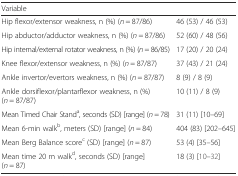
| Variable |  |
 | --- | --- |
 | Hip flexor/extensor weakness, n (%) (n = 87/86) | 46 (53) / 46 (53) |
 | Hip abductor/adductor weakness, n (%) (n = 87/86) | 52 (60) / 48 (56) |
 | Hip internal/external rotator weakness, n (%) (n = 86/85) | 17 (20) / 20 (24) |
 | Knee flexor/extensor weakness, n (%) (n = 87/87) | 37 (43) / 21 (24) |
 | Ankle invertor/evertors weakness, n (%) (n = 87/87) | 8 (9) / 8 (9) |
 | Ankle dorsiflexor/plantarflexor weakness, n (%) (n = 87/87) | 10 (11) / 8 (9) |
 | Mean Timed Chair Standa, seconds (SD) [range] (n = 78) | 31 (11) [10–69] |
 | Mean 6-min walkb, meters (SD) [range] (n = 84) | 404 (83) [202–645] |
 | Mean Berg Balance scorec (SD) [range] (n = 87) | 53 (4) [35–56] |
 | Mean time 20 m walkd, seconds (SD) [range] (n = 87) | 18 (3) [10–32] |